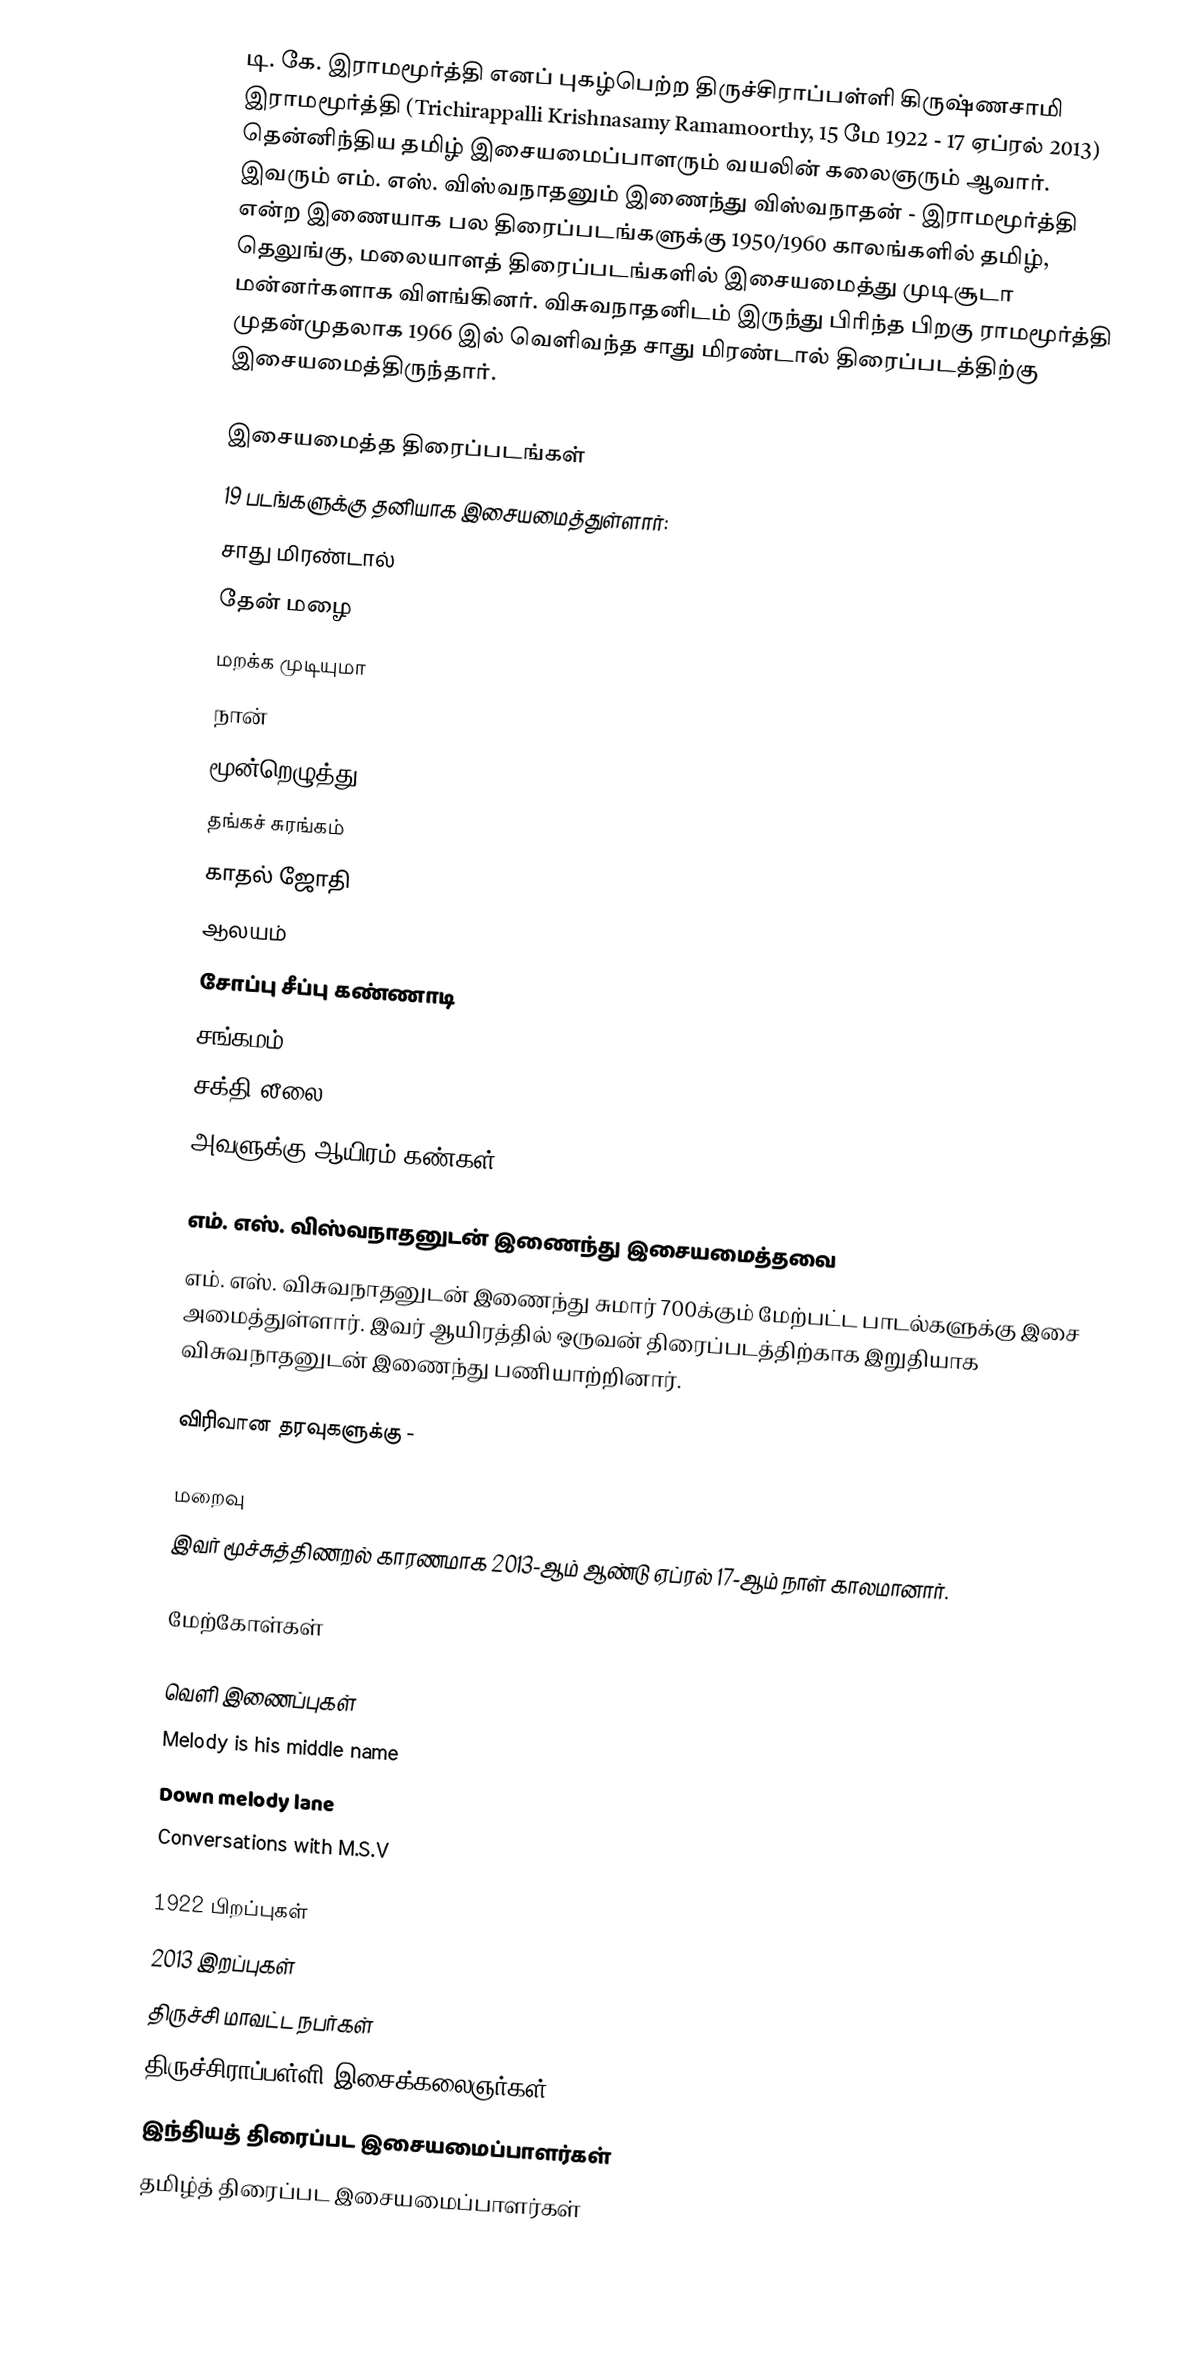
டி. கே. இராமமூர்த்தி எனப் புகழ்பெற்ற திருச்சிராப்பள்ளி கிருஷ்ணசாமி இராமமூர்த்தி (Trichirappalli Krishnasamy Ramamoorthy, 15 மே 1922 - 17 ஏப்ரல் 2013) தென்னிந்திய தமிழ் இசையமைப்பாளரும் வயலின் கலைஞரும் ஆவார். இவரும் எம். எஸ். விஸ்வநாதனும் இணைந்து விஸ்வநாதன் - இராமமூர்த்தி என்ற இணையாக பல திரைப்படங்களுக்கு 1950/1960 காலங்களில் தமிழ், தெலுங்கு, மலையாளத் திரைப்படங்களில் இசையமைத்து முடிசூடா மன்னர்களாக விளங்கினர். விசுவநாதனிடம் இருந்து பிரிந்த பிறகு ராமமூர்த்தி முதன்முதலாக 1966 இல் வெளிவந்த சாது மிரண்டால் திரைப்படத்திற்கு இசையமைத்திருந்தார்.

இசையமைத்த திரைப்படங்கள்
19 படங்களுக்கு தனியாக இசையமைத்துள்ளார்:
 சாது மிரண்டால்
 தேன் மழை
 மறக்க முடியுமா
 நான்
மூன்றெழுத்து
தங்கச் சுரங்கம்
 காதல் ஜோதி
 ஆலயம்
 சோப்பு சீப்பு கண்ணாடி
 சங்கமம்
சக்தி லீலை
அவளுக்கு ஆயிரம் கண்கள்

எம். எஸ். விஸ்வநாதனுடன் இணைந்து இசையமைத்தவை
எம். எஸ். விசுவநாதனுடன் இணைந்து சுமார் 700க்கும் மேற்பட்ட பாடல்களுக்கு இசை அமைத்துள்ளார். இவர் ஆயிரத்தில் ஒருவன் திரைப்படத்திற்காக இறுதியாக விசுவநாதனுடன் இணைந்து பணியாற்றினார்.

விரிவான தரவுகளுக்கு -

மறைவு
இவர் மூச்சுத்திணறல் காரணமாக 2013-ஆம் ஆண்டு ஏப்ரல் 17-ஆம் நாள் காலமானார்.

மேற்கோள்கள்

வெளி இணைப்புகள்
Melody is his middle name
 Down melody lane
Conversations with M.S.V

1922 பிறப்புகள்
2013 இறப்புகள்
திருச்சி மாவட்ட நபர்கள்
திருச்சிராப்பள்ளி இசைக்கலைஞர்கள்
இந்தியத் திரைப்பட இசையமைப்பாளர்கள்
தமிழ்த் திரைப்பட இசையமைப்பாளர்கள்